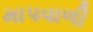
માપવાળી